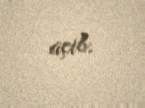
açıb.